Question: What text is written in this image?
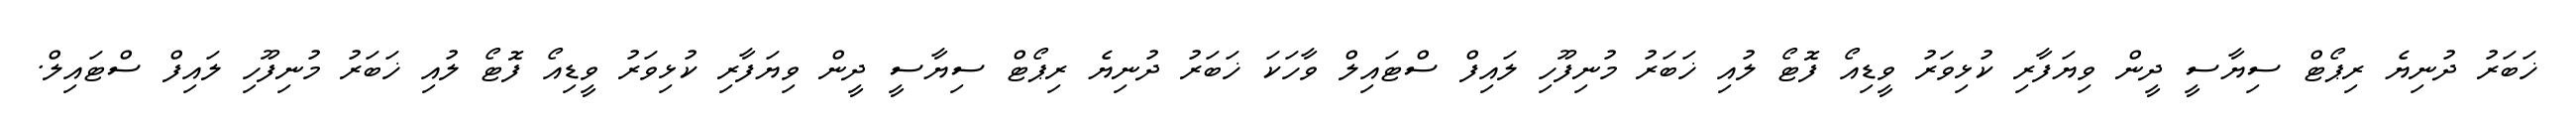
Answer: ޚަބަރު ދުނިޔެ ރިޕޯޓް ސިޔާސީ ދީން ވިޔަފާރި ކުޅިވަރު ވީޑިއޯ ފޮޓޯ ލުއި ޚަބަރު މުނިފޫހި ލައިފް ސްޓައިލް ވާހަކަ ޚަބަރު ދުނިޔެ ރިޕޯޓް ސިޔާސީ ދީން ވިޔަފާރި ކުޅިވަރު ވީޑިއޯ ފޮޓޯ ލުއި ޚަބަރު މުނިފޫހި ލައިފް ސްޓައިލް.